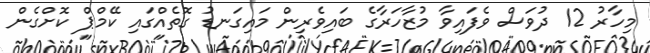
މިހާރު 12 ދުވަސް ވެފައިވާ މުޒާހަރާގެ ބައިވެރިން މައިގަނޑު ގޮތެއްގައި ކޭމްޕް ކޮށްގެން